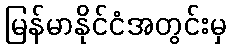
မြန်မာနိုင်ငံအတွင်းမှ